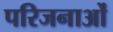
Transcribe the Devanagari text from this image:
परिजनाओं